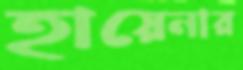
হায়েনার